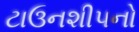
ટાઉનશીપનો